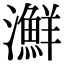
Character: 㶍